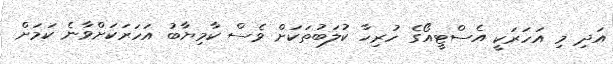
އަދި މި އަހަރަކީ އެސްޓީއޯގެ ހުރިހާ ކުލަބުތަކަށް ވެސް ކާމިޔާބު އަހަރަކަށްވާނެ ކަމަށް